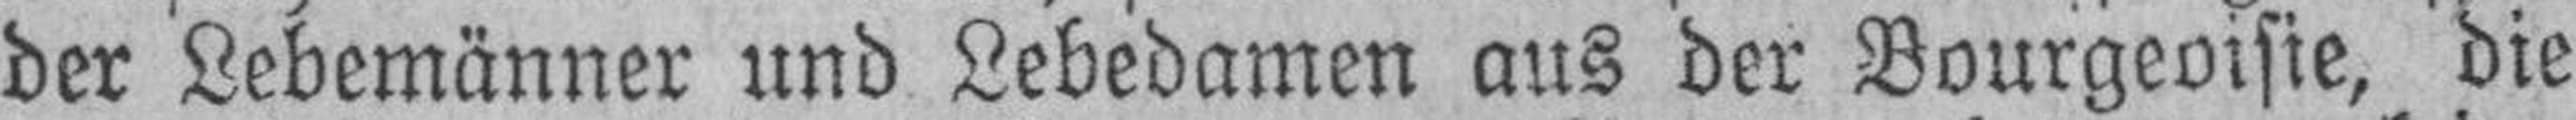
der Lebemänner und Lebedamen aus der Bourgeoisie, die